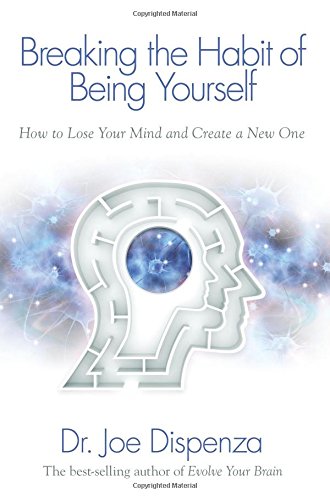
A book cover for Breaking The Habit of Being Yourself: How to Lose Your Mind and Create a New One; Dr. Joe Dispenza; Self-Help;